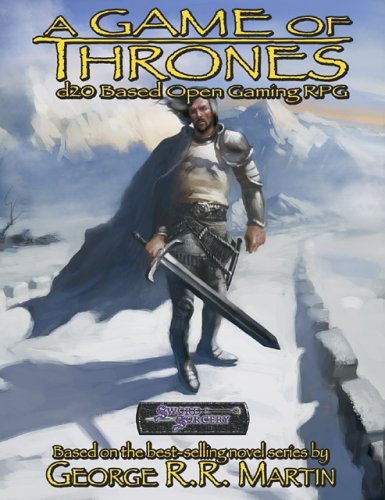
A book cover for A Game of Thrones: D20-Based Open Gaming RPG; Science Fiction & Fantasy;